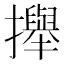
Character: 攑